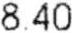
8.40